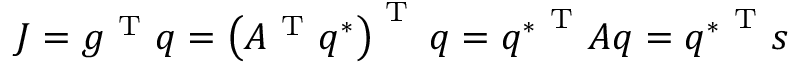
J = g ^ { \mathrm { ~ T ~ } } q = \left( A ^ { \mathrm { ~ T ~ } } q ^ { * } \right) ^ { \mathrm { ~ T ~ } } q = { q ^ { * } } ^ { \mathrm { ~ T ~ } } A q = { q ^ { * } } ^ { \mathrm { ~ T ~ } } s